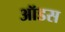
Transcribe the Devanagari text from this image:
ऑडस